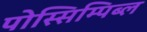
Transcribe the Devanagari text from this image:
पोस्सिम्पिब्ल